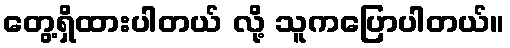
တွေ့ရှိထားပါတယ် လို့ သူကပြောပါတယ်။